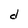
Character: d